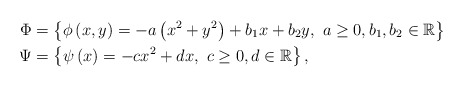
\begin{align*}\Phi & =\left\{ \phi\left(x,y\right)=-a\left(x^{2}+y^{2}\right)+b_{1}x+b_{2}y,\ a\geq0,b_{1},b_{2}\in\mathbb{R}\right\} \\\Psi & =\left\{ \psi\left(x\right)=-cx^{2}+dx,\ c\geq0,d\in\mathbb{R}\right\}, \end{align*}